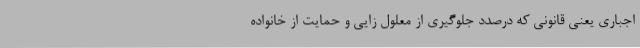
اجباری یعنی قانونی که درصدد جلوگیری از معلول‌ زایی و حمایت از خانواده‌